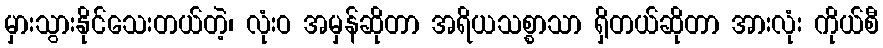
မှားသွားနိုင်သေးတယ်တဲ့၊ လုံးဝ အမှန်ဆိုတာ အရိယသစ္စာသာ ရှိတယ်ဆိုတာ အားလုံး ကိုယ်စီ